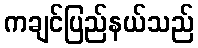
ကချင်ပြည်နယ်သည်